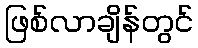
ဖြစ်လာချိန်တွင်